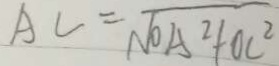
A C = \sqrt { O A ^ { 2 } + O C ^ { 2 } }